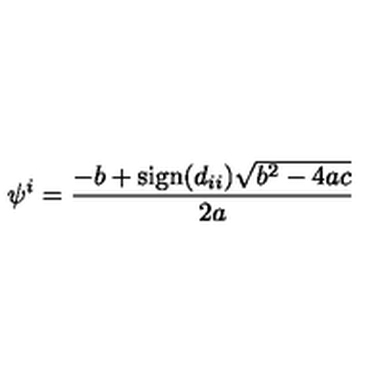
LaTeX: \psi ^ { i } = \frac { - b + \mathrm { s i g n } ( d _ { i i } ) \sqrt { b ^ { 2 } - 4 a c } } { 2 a }